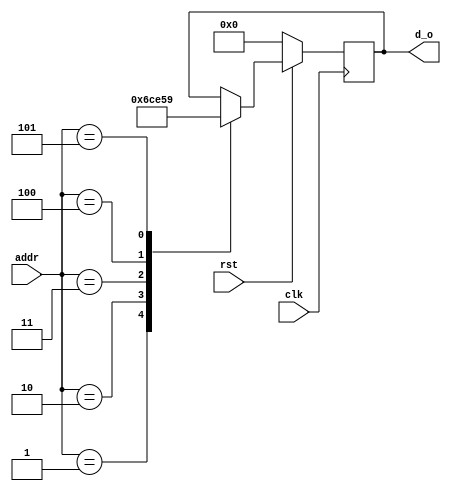
module rom(input [7:0] addr,
input rst,clk,output [3:0] d_o);
reg [3:0]d_o;
always @(posedge clk)
begin
if(rst==0)
d_o=0;
else
if(rst==1)
 case(addr)
 8'b00000001:d_o=4'b0110;
 8'b00000010:d_o=4'b1100;
 8'b00000011:d_o=4'b1110;
 8'b00000100:d_o=4'b0101;
 8'b00000101:d_o=4'b1001;
 endcase
 end
endmodule